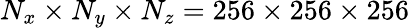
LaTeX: N_{x}\times N_{y}\times N_{z}=256\times 256\times 256